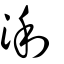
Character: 浰